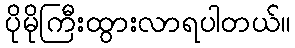
ပိုမိုကြီးထွားလာရပါတယ်။